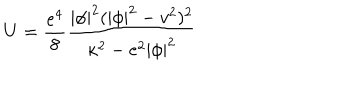
U = \frac { e ^ { 4 } } 8 \frac { | \phi | ^ { 2 } ( | \phi | ^ { 2 } - v ^ { 2 } ) ^ { 2 } } { { \kappa ^ { 2 } } - e ^ { 2 } | \phi | ^ { 2 } }